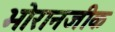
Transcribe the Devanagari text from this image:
भोरानजीक